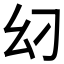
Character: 𢆵